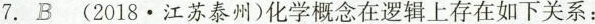
7.B(2018.江苏泰州)化学概念在逻辑上存在如下关系：